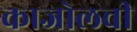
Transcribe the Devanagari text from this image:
काजोलची